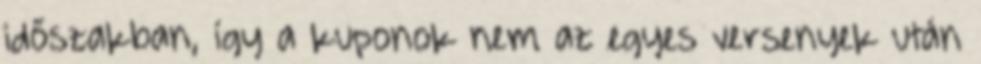
időszakban, így a kuponok nem az egyes versenyek után